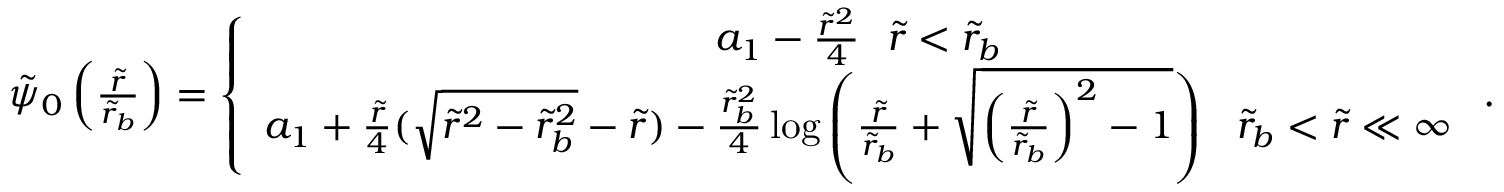
\begin{array} { r } { \tilde { \psi } _ { 0 } \left( \frac { \tilde { r } } { \tilde { r } _ { b } } \right) = \left\{ \begin{array} { c } { a _ { 1 } - \frac { \tilde { r } ^ { 2 } } { 4 } ~ ~ \tilde { r } < \tilde { r } _ { b } } \\ { a _ { 1 } + \frac { \tilde { r } } { 4 } ( \sqrt { \tilde { r } ^ { 2 } - \tilde { r } _ { b } ^ { 2 } } - \tilde { r } ) - \frac { \tilde { r } _ { b } ^ { 2 } } { 4 } \log \left( \frac { \tilde { r } } { \tilde { r } _ { b } } + \sqrt { \left( \frac { \tilde { r } } { \tilde { r } _ { b } } \right) ^ { 2 } - 1 } \right) ~ ~ \tilde { r } _ { b } < \tilde { r } \ll \infty } \end{array} \right. . } \end{array}